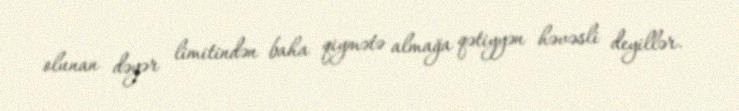
olunan dəyər limitindən baha qiymətə almağa qətiyyən həvəsli deyillər.